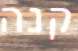
קנה